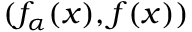
( f _ { \alpha } ( x ) , f ( x ) )